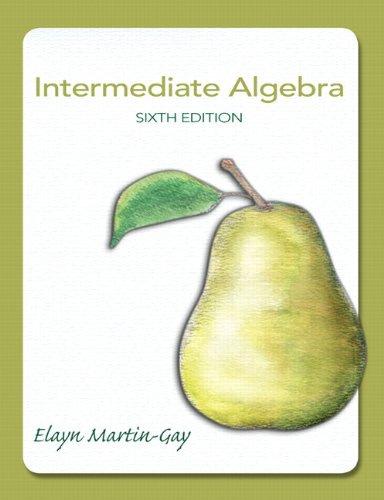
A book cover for Intermediate Algebra (6th Edition); Elayn Martin-Gay; Science & Math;